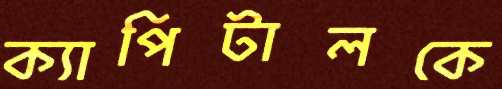
ক্যাপিটালকে